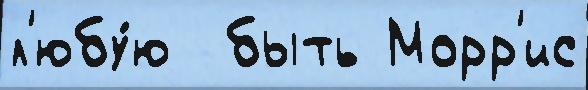
л'юбу́ю  быть Морр'ис